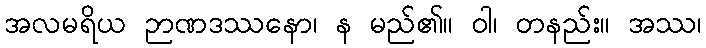
အလမရိယ ဉာဏဒဿနော၊ န မည်၏။ ဝါ၊ တနည်း။ အဿ၊